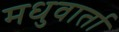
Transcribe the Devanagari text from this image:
मधुवार्ता